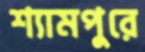
শ্যামপুরে